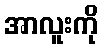
အာလူးကို